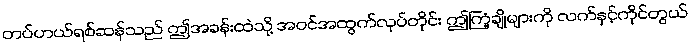
တပ်ဟယ်ရစ်ဆန်သည် ဤအခန်းထဲသို့ အဝင်အထွက်လုပ်တိုင်း ဤကြံ့ချိုများကို လက်နှင့်ကိုင်တွယ်